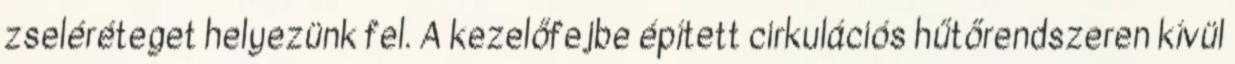
zseléréteget helyezünk fel. A kezelőfejbe épített cirkulációs hűtőrendszeren kívül